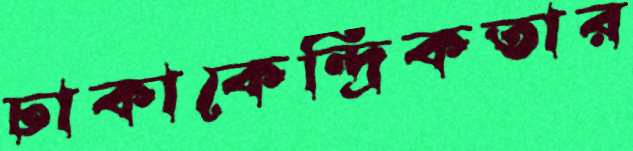
ঢাকাকেন্দ্রিকতার